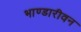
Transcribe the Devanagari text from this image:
भाण्डारीवन